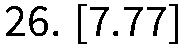
26. [7.77]